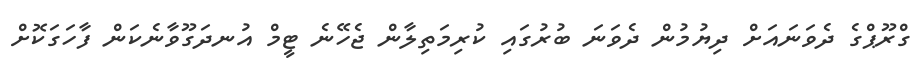
ގްރޫޕްގެ ދެވަނައަށް ދިޔުމުން ދެވަނަ ބުރުގައި ކުރިމަތިލާން ޖެހޭނެ ޓީމް އުނދަގޫވާނެކަން ފާހަގަކޮށް